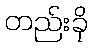
တည်းခို